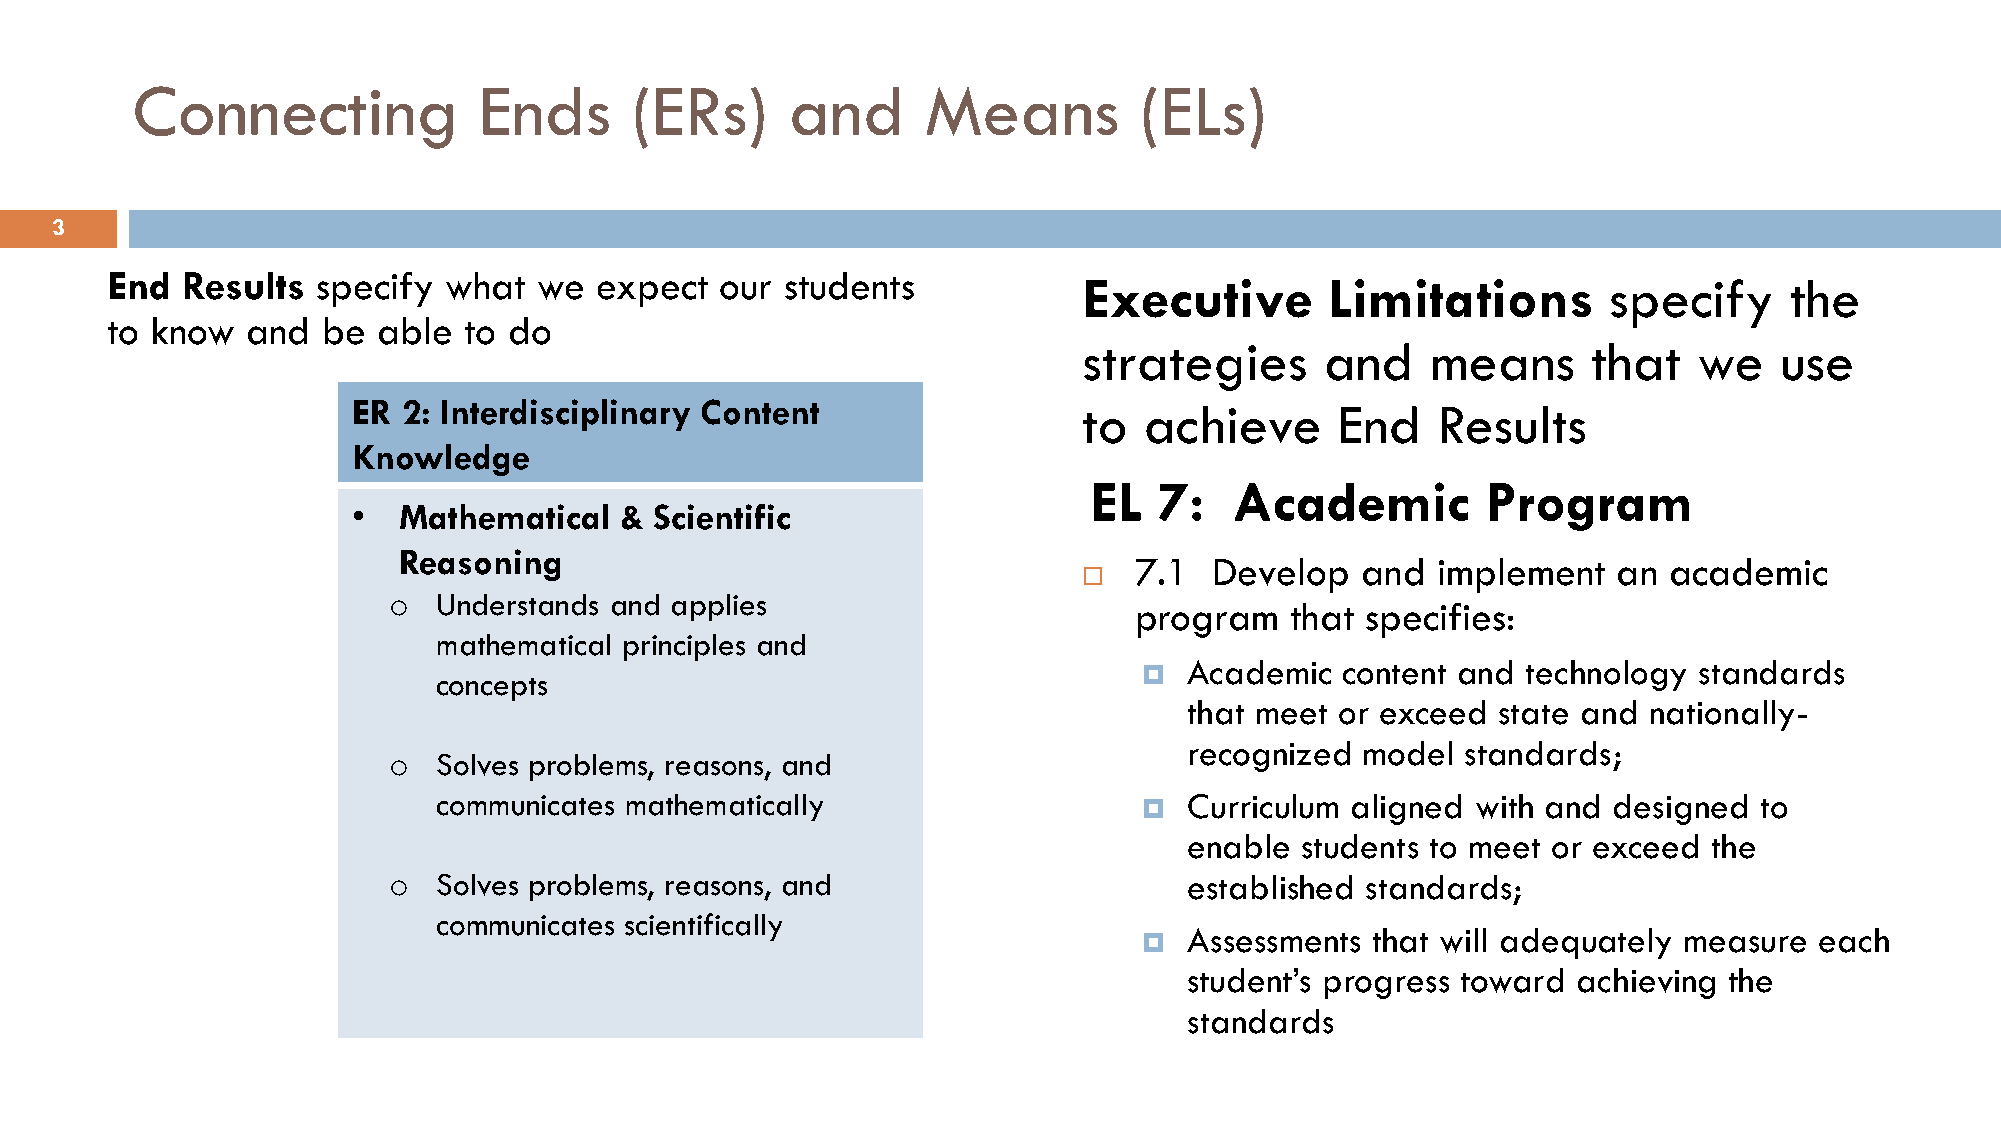
Connecting             Ends      (ERs)     and      Means         (ELs)
 3
 End  Results  specify what   we expect   our students            Executive       Limitations       specify     the
 to know  and  be  able  to do
 strategies      and    means     that   we    use
 ER  2: Interdisciplinary Content                 to  achieve      End   Results
 Knowledge
 EL   7:   Academic        Program
 •  Mathematical   & Scientific
 Reasoning
 7.1  Develop   and  implement   an academic
 
 o  Understands and applies
 program   that specifies:
 mathematical principles and
 Academic  content and technology standards
 concepts                                       
 that meet or exceed state and nationally-
 recognized model  standards;
 o  Solves problems, reasons, and
 communicates mathematically                       Curriculum aligned with and designed to
 
 enable students to meet or exceed the
 o  Solves problems, reasons, and                     established standards;
 communicates scientifically
 Assessments that will adequately measure each
 
 student’s progress toward achieving the
 standards